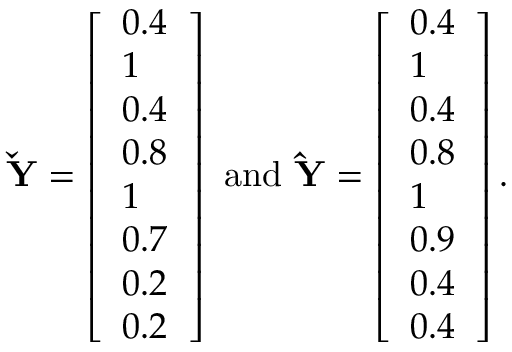
\mathbf { \check { Y } } = \left[ \begin{array} { l } { 0 . 4 } \\ { 1 } \\ { 0 . 4 } \\ { 0 . 8 } \\ { 1 } \\ { 0 . 7 } \\ { 0 . 2 } \\ { 0 . 2 } \end{array} \right] \mathrm { ~ a n d ~ } \mathbf { \hat { Y } } = \left[ \begin{array} { l } { 0 . 4 } \\ { 1 } \\ { 0 . 4 } \\ { 0 . 8 } \\ { 1 } \\ { 0 . 9 } \\ { 0 . 4 } \\ { 0 . 4 } \end{array} \right] .